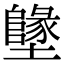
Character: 𡓬